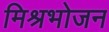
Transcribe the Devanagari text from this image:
मिश्रभोजन